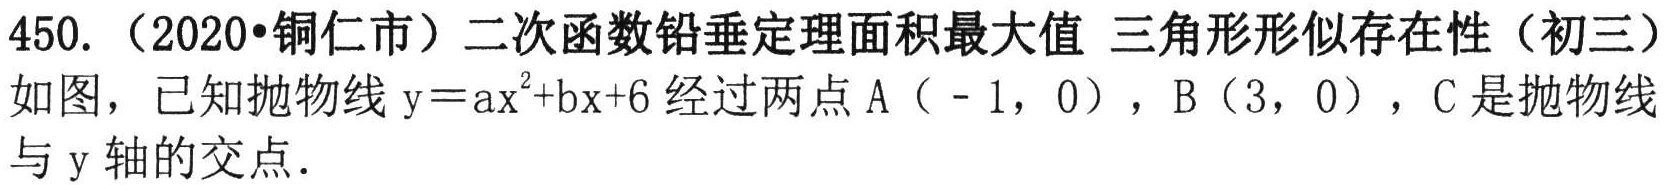
450.（2020•铜仁市）二次函数铅垂定理面积最大值 三角形形似存在性（初三）
如图，已知抛物线$\mathrm{y}=a\mathrm{x}^{2}+b\mathrm{x}+6$经过两点$\mathrm{A}（ - 1,0）$，$\mathrm{B}（3,0）$，$\mathrm{C}$是抛物线与$\mathrm{y}$轴的交点．